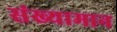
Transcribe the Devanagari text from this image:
संख्यामान